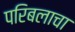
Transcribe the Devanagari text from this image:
परिबलाचा